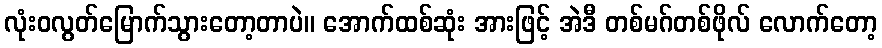
လုံးဝလွတ်မြောက်သွားတော့တာပဲ။ အောက်ထစ်ဆုံး အားဖြင့် အဲဒီ တစ်မဂ်တစ်ဖိုလ် လောက်တော့